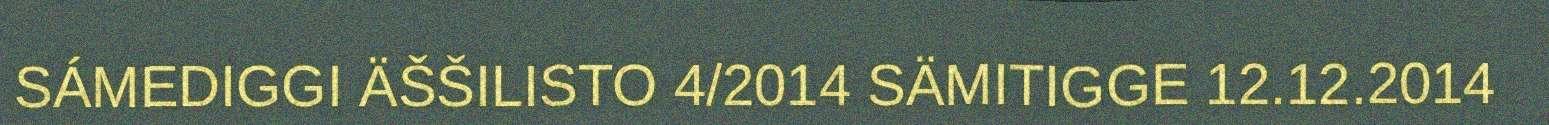
SÁMEDIGGI ÄŠŠILISTO 4/2014 SÄMITIGGE 12.12.2014